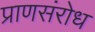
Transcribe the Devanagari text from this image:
प्राणसंरोध